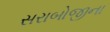
સરાબોજીના